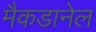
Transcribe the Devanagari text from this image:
मैकडानेल